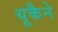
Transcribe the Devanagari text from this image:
यूकैने